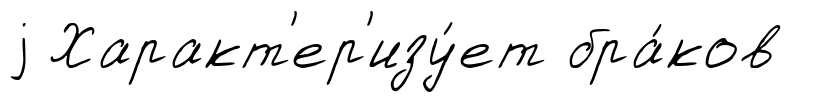
j Характ'ер'изу́ет бра́ков